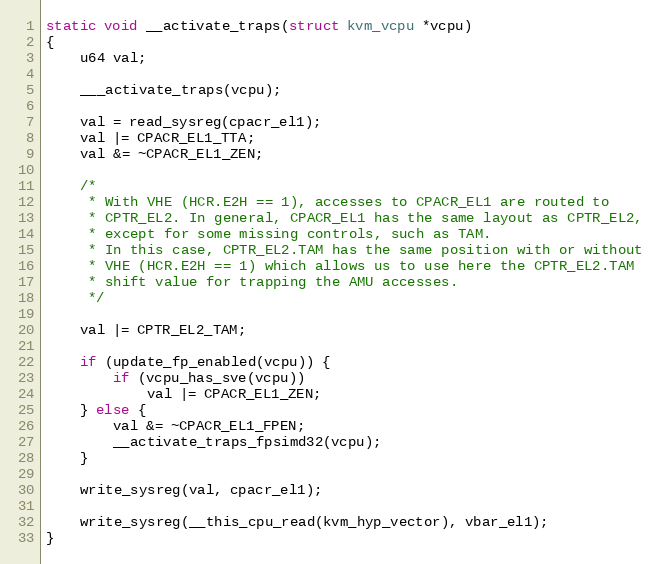
Language: C
static void __activate_traps(struct kvm_vcpu *vcpu)
{
	u64 val;

	___activate_traps(vcpu);

	val = read_sysreg(cpacr_el1);
	val |= CPACR_EL1_TTA;
	val &= ~CPACR_EL1_ZEN;

	/*
	 * With VHE (HCR.E2H == 1), accesses to CPACR_EL1 are routed to
	 * CPTR_EL2. In general, CPACR_EL1 has the same layout as CPTR_EL2,
	 * except for some missing controls, such as TAM.
	 * In this case, CPTR_EL2.TAM has the same position with or without
	 * VHE (HCR.E2H == 1) which allows us to use here the CPTR_EL2.TAM
	 * shift value for trapping the AMU accesses.
	 */

	val |= CPTR_EL2_TAM;

	if (update_fp_enabled(vcpu)) {
		if (vcpu_has_sve(vcpu))
			val |= CPACR_EL1_ZEN;
	} else {
		val &= ~CPACR_EL1_FPEN;
		__activate_traps_fpsimd32(vcpu);
	}

	write_sysreg(val, cpacr_el1);

	write_sysreg(__this_cpu_read(kvm_hyp_vector), vbar_el1);
}